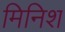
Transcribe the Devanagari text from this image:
मिनिश